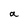
Character: a